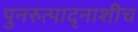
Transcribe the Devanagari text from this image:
पुनरुत्पाद्नाशीच